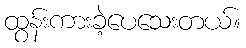
ထွန်းကားခဲ့ပေသေးတယ်။